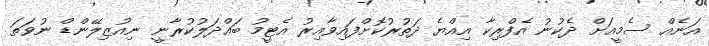
އަނެއް ސެމީއަށް ދެކުނު އެފްރިކާ އިއްޔެ ދަތުރުކޮށްފައިވާއިރު އެޓީމު ބައްދަލުކުރާނީ ނިއުޒިލޭންޑް ނުވަތަ